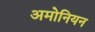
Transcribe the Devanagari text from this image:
अमोनियन